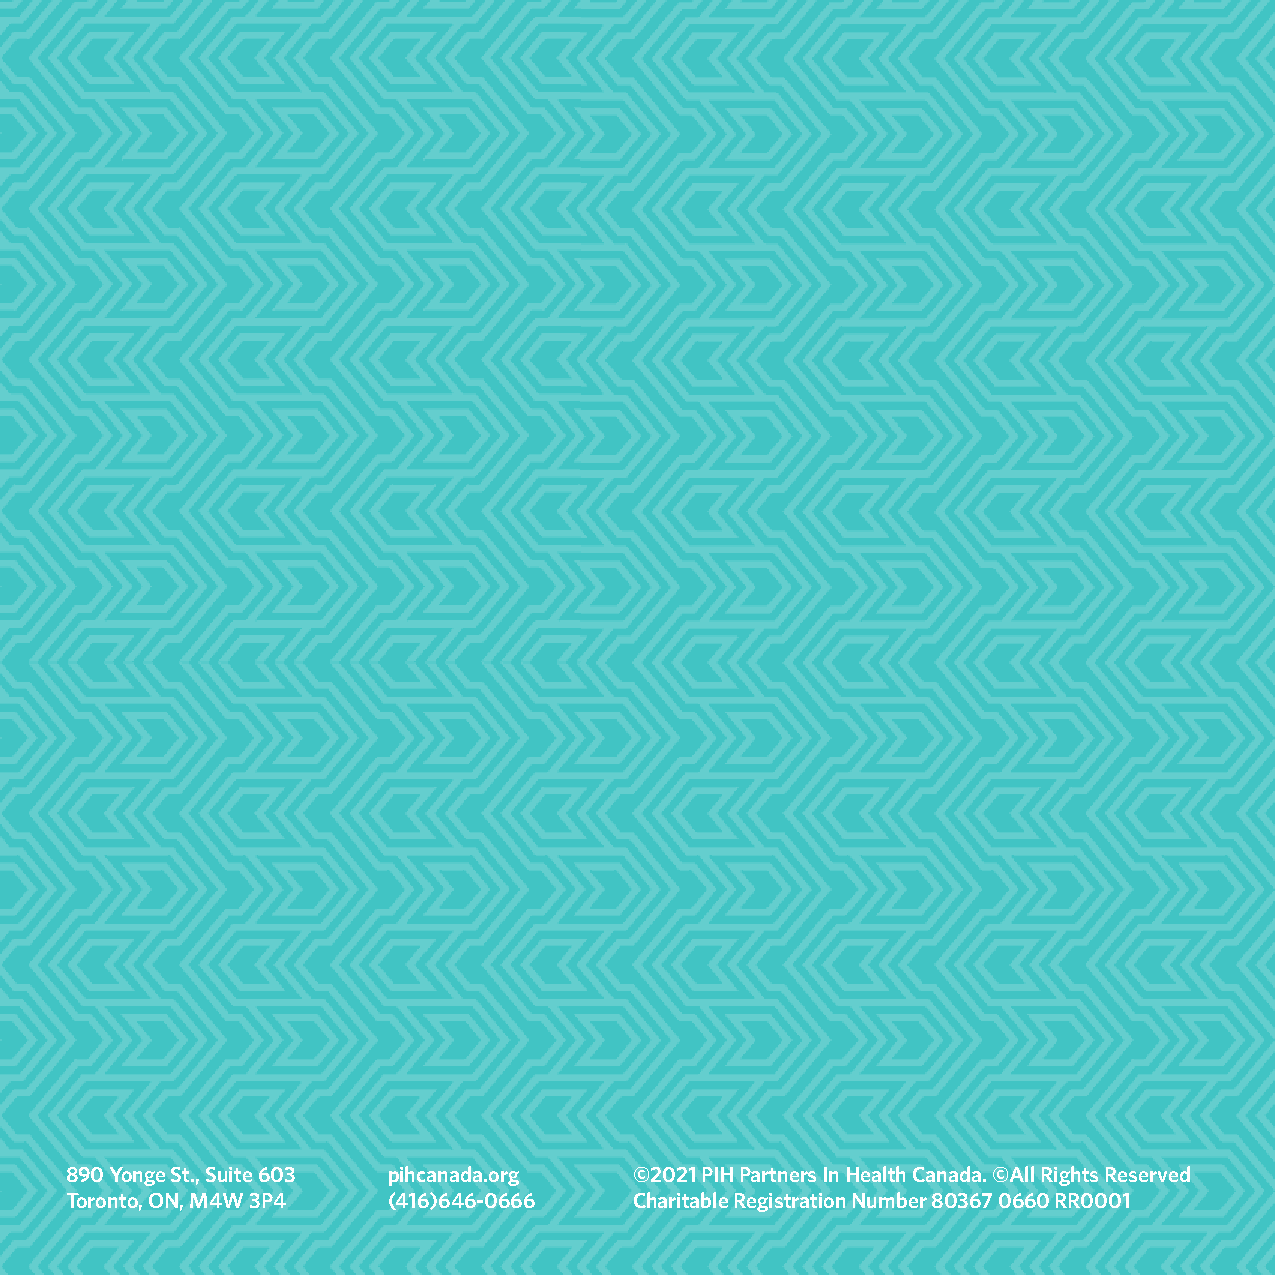
890 Yonge St., Suite 603 pihcanada.org ©2021 PIH Partners In Health Canada. ©All Rights Reserved
 Toronto, ON, M4W 3P4  (416)646-0666   Charitable Registration Number 80367 0660 RR0001